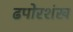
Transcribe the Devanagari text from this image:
ढपोरशंख